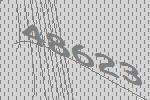
48623